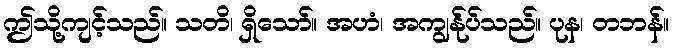
ဤသို့ကျင့်သည်။ သတိ၊ ရှိသော်။ အဟံ၊ အကျွန်ုပ်သည်။ ပုန၊ တဘန်။